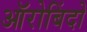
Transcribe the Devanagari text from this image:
ऑरोबिंदो